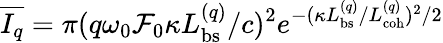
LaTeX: \overline{{I_{q}}}=\pi(q\omega_{0}\mathcal{F}_{0}\kappa L_{\mathrm{bs}}^{(q)}/c)^{2}e^{-(\kappa L_{\mathrm{bs}}^{(q)}/L_{\mathrm{coh}}^{(q)})^{2}/2}